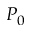
P _ { 0 }